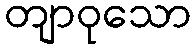
တျာဝုသော